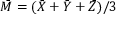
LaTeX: { \bar { M } } = ( { \bar { X } } + { \bar { Y } } + { \bar { Z } } ) / 3